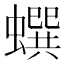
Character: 蟤